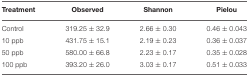
<table><thead><tr><td><b>Treatment</b></td><td><b>Observed</b></td><td><b>Shannon</b></td><td><b>Pielou</b></td></tr></thead><tbody><tr><td>Control</td><td>319.25 ± 32.9</td><td>2.66 ± 0.30</td><td>0.46 ± 0.043</td></tr><tr><td>10 ppb</td><td>431.75 ± 15.1</td><td>2.19 ± 0.23</td><td>0.36 ± 0.037</td></tr><tr><td>50 ppb</td><td>580.00 ± 66.8</td><td>2.23 ± 0.17</td><td>0.35 ± 0.028</td></tr><tr><td>100 ppb</td><td>393.20 ± 26.0</td><td>3.03 ± 0.17</td><td>0.51 ± 0.033</td></tr></tbody></table>